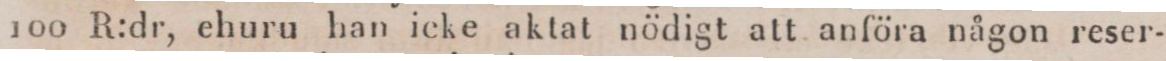
100 R:dr, ehuru han icke aktat nödigt att anföra någon reser-